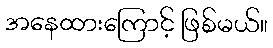
အနေထားကြောင့် ဖြစ်မယ်။